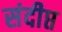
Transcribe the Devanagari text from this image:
संदीप्त